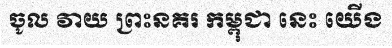
ចូល វាយ ព្រះនគរ កម្ពុជា នេះ យើង